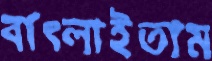
বাৎলাইতাম